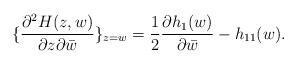
LaTeX: \begin{align*}\{\frac{\partial^2 H(z,w)}{\partial z \partial\bar{w}}\}_{z=w} = \frac{1}{2}\frac{\partial h_1(w)}{\partial \bar{w}} -h_{11}(w).\end{align*}